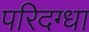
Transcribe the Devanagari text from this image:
परिदग्धा